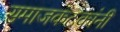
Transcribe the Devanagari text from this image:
समाजकंटकांनी